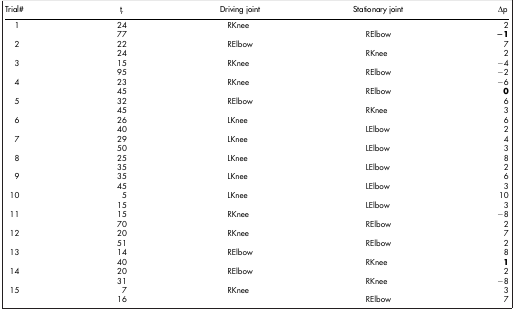
<table><thead><tr><td><b>Trial#</b></td><td><b>t<sub>r</sub></b></td><td><b>Driving joint</b></td><td><b>Stationary joint</b></td><td><b>Δp</b></td></tr></thead><tbody><tr><td>1</td><td>24</td><td>RKnee</td><td> </td><td>2</td></tr><tr><td> </td><td>77</td><td> </td><td>RElbow</td><td><b>−1</b></td></tr><tr><td>2</td><td>22</td><td>RElbow</td><td> </td><td>7</td></tr><tr><td> </td><td>24</td><td> </td><td>RKnee</td><td>2</td></tr><tr><td>3</td><td>15</td><td>RKnee</td><td> </td><td>−4</td></tr><tr><td> </td><td>95</td><td> </td><td>RElbow</td><td>−2</td></tr><tr><td>4</td><td>23</td><td>RKnee</td><td> </td><td>−6</td></tr><tr><td> </td><td>45</td><td> </td><td>RElbow</td><td><b>0</b></td></tr><tr><td>5</td><td>32</td><td>RElbow</td><td> </td><td>6</td></tr><tr><td> </td><td>45</td><td> </td><td>RKnee</td><td>3</td></tr><tr><td>6</td><td>26</td><td>LKnee</td><td> </td><td>6</td></tr><tr><td> </td><td>40</td><td> </td><td>LElbow</td><td>2</td></tr><tr><td>7</td><td>29</td><td>LKnee</td><td> </td><td>4</td></tr><tr><td> </td><td>50</td><td> </td><td>LElbow</td><td>3</td></tr><tr><td>8</td><td>25</td><td>LKnee</td><td> </td><td>8</td></tr><tr><td> </td><td>35</td><td> </td><td>LElbow</td><td>2</td></tr><tr><td>9</td><td>35</td><td>LKnee</td><td> </td><td>6</td></tr><tr><td> </td><td>45</td><td> </td><td>LElbow</td><td>3</td></tr><tr><td>10</td><td>5</td><td>LKnee</td><td> </td><td>10</td></tr><tr><td> </td><td>15</td><td> </td><td>LElbow</td><td>3</td></tr><tr><td>11</td><td>15</td><td>RKnee</td><td> </td><td>−8</td></tr><tr><td> </td><td>70</td><td> </td><td>RElbow</td><td>2</td></tr><tr><td>12</td><td>20</td><td>RKnee</td><td> </td><td>7</td></tr><tr><td> </td><td>51</td><td> </td><td>RElbow</td><td>2</td></tr><tr><td>13</td><td>14</td><td>RElbow</td><td> </td><td>8</td></tr><tr><td> </td><td>40</td><td> </td><td>RKnee</td><td><b>1</b></td></tr><tr><td>14</td><td>20</td><td>RElbow</td><td> </td><td>2</td></tr><tr><td> </td><td>31</td><td> </td><td>RKnee</td><td>−8</td></tr><tr><td>15</td><td>7</td><td>RKnee</td><td> </td><td>3</td></tr><tr><td> </td><td>16</td><td> </td><td>RElbow</td><td>7</td></tr></tbody></table>